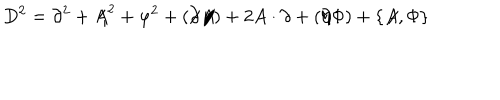
LaTeX: D ^ { 2 } = \partial ^ { 2 } + A \! \! \! / ^ { 2 } + \varphi ^ { 2 } + ( \partial \! \! \! / A \! \! \! / ) + 2 A \cdot \partial + ( \partial \! \! \! / \Phi ) + \{ A \! \! \! / , \Phi \}